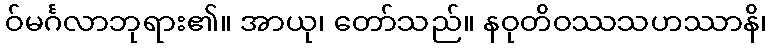
ဝ်မင်္ဂလာဘုရား၏။ အာယု၊ တော်သည်။ နဝုတိဝဿသဟဿာနိ၊